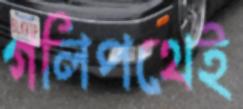
গলিপথেই